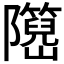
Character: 𬯤